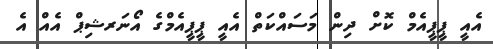
އެއީ ޕީޕީއެމް ކޮށް ދިން މަސައްކަތް އެއީ ޕީޕީއެމްގެ އޯނަރޝިޕް އެއް އެ